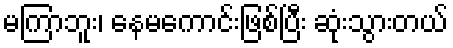
မကြာဘူး၊ နေမကောင်းဖြစ်ပြီး ဆုံးသွားတယ်